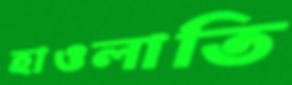
হাওলাতি